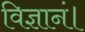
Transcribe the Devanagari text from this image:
विज्ञानं।